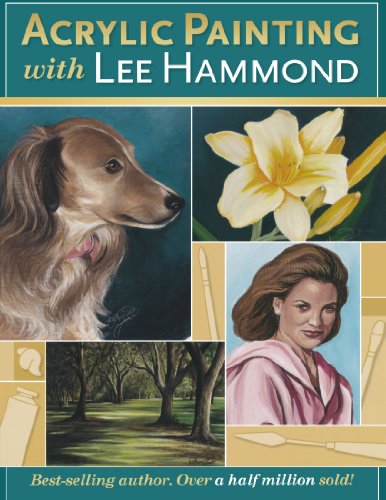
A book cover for Acrylic Painting With Lee Hammond; Lee Hammond; Arts & Photography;